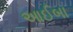
આઈબા